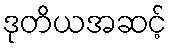
ဒုတိယအဆင့်